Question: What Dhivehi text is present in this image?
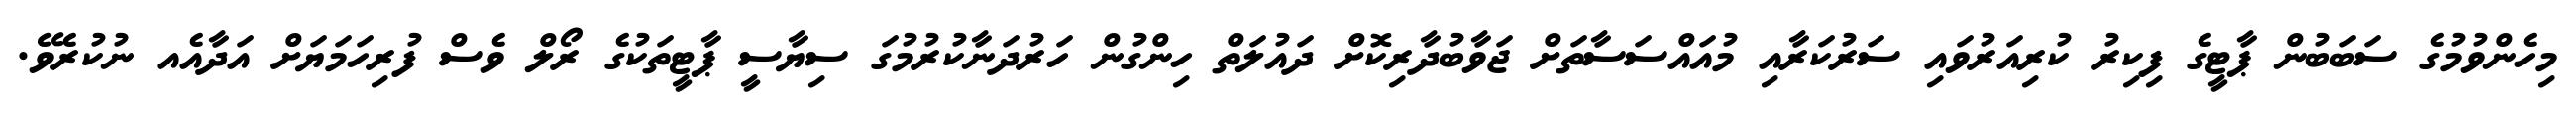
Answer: މިހެންވުމުގެ ސަބަބުން ޕާޓީގެ ފިކިރު ކުރިއަރުވައި ސަރުކަރާއި މުއައްސަސާތަށް ޖަވާބުދާރިކޮށް ދައުލަތް ހިންގުން ހަރުދަނާކުރުމުގަ ސިޔާސީ ޕާޓީތަކުގެ ރޯލް ވެސް ފުރިހަމަޔަށް އަދާއެއ ނުކުރެވޭ.